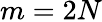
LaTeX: m=2N